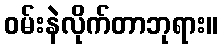
ဝမ်းနဲလိုက်တာဘုရား။